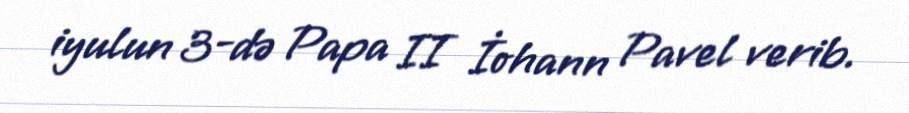
iyulun 3-də Papa II İohann Pavel verib.